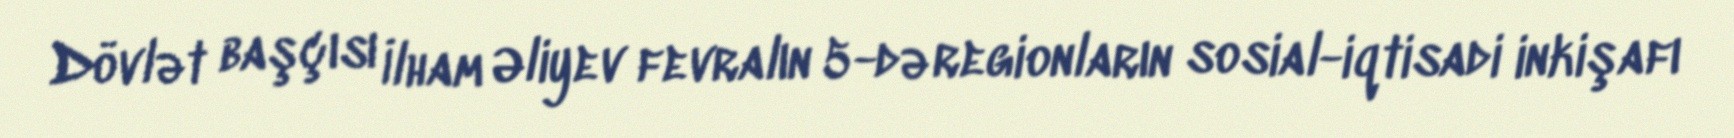
Dövlət başçısı İlham Əliyev fevralın 5-də regionların sosial-iqtisadi inkişafı